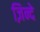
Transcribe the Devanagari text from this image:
ज़िन्दे